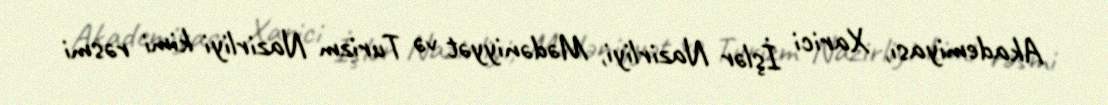
Akademiyası, Xarici İşlər Nazirliyi, Mədəniyyət və Turizm Nazirliyi kimi rəsmi